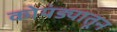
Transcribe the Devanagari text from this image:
कोयंड्यातून